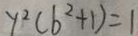
y ^ { 2 } ( b ^ { 2 } + 1 ) = 1